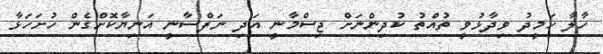
ހާލާ ހަމީދު ވިދާޅުވީ ތުއްތު ކުދިންނަށް ޖިސްމާނީ އަދި ނަފްސާނީ އަނިޔާކޮށްގެން ހުށަހަޅާ